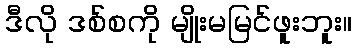
ဒီလို ဒစ်စကို မျိုးမမြင်ဖူးဘူး။